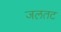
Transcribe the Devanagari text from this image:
जलतट